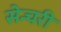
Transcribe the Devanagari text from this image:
सेन्चरी